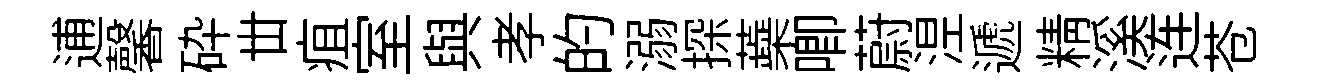
逋馨砕丗疽室與孝的溺探蘃唧蔚𣵀遞精溪连苍